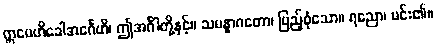
ဣမေဟိခေါအင်္ဂေဟိ၊ ဤအင်္ဂါတို့နှင့်။ သမန္နာဂတော၊ ပြည့်စုံသော။ ရညော၊ မင်း၏။